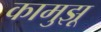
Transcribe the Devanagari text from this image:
कामुझू